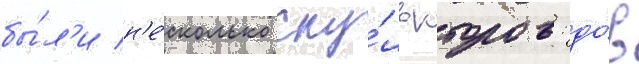
бы́л'и н'е́сколько ску́льпторов: до́в